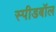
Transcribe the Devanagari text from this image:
स्पीडबॉल